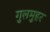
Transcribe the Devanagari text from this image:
गुलमुहर